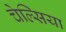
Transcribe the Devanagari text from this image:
चेल्‍िसया